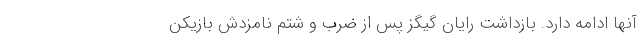
آنها ادامه دارد. بازداشت رایان گیگز پس از ضرب و شتم نامزدش بازیکن